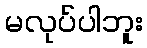
မလုပ်ပါဘူး